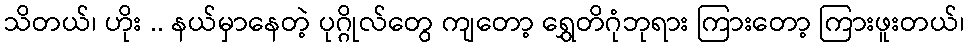
သိတယ်၊ ဟိုး .. နယ်မှာနေတဲ့ ပုဂ္ဂိုလ်တွေ ကျတော့ ရွှေတိဂုံဘုရား ကြားတော့ ကြားဖူးတယ်၊